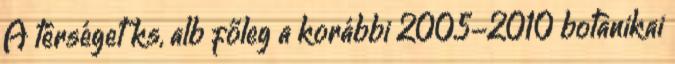
A térséget ks, alb főleg a korábbi 2005-2010 botanikai